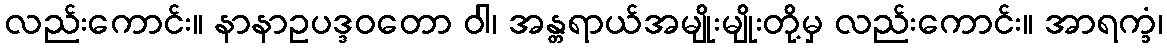
လည်းကောင်း။ နာနာဥပဒ္ဒဝတော ဝါ၊ အန္တရာယ်အမျိုးမျိုးတို့မှ လည်းကောင်း။ အာရက္ခံ၊